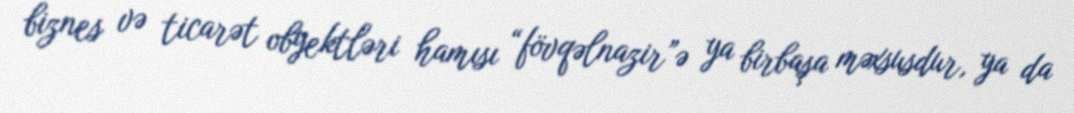
biznes və ticarət obyektləri hamısı “fövqəlnazir”ə ya birbaşa məxsusdur, ya da